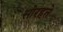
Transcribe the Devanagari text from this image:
सोरहते